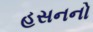
હસનનો